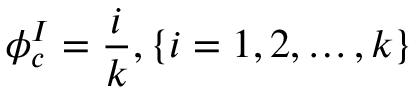
\phi _ { c } ^ { I } = \frac { i } { k } , \{ i = 1 , 2 , \dots , k \}